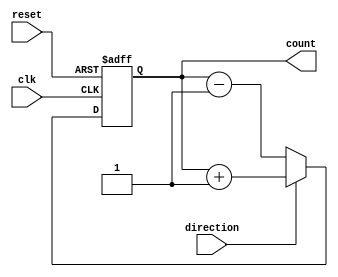
module Counter (
    input wire clk,
    input wire reset,
    input wire direction,
    output reg [7:0] count
);

always @(posedge clk or posedge reset) begin
    if (reset) begin
        count <= 8'h00;
    end else begin
        if (direction) begin
            count <= count + 1;
        end else begin
            count <= count - 1;
        end
    end
end

endmodule